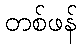
တစ်ဖန်